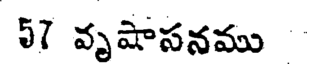
57 వృషాసనము